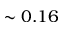
\sim 0 . 1 6